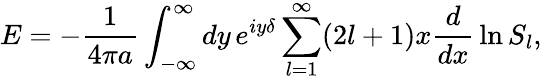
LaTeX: E=-{\frac{1}{4\pi a}}\int_{-\infty}^{\infty}dy\, e^{iy\delta}\sum_{l=1}^{\infty}(2l+1)x{\frac{d}{dx}}\ln S_{l},